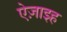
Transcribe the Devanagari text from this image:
ऐज़ाइह